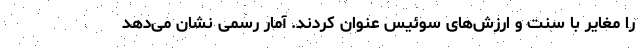
را مغایر با سنت و ارزش‌های سوئیس عنوان کردند. آمار رسمی نشان می‌دهد